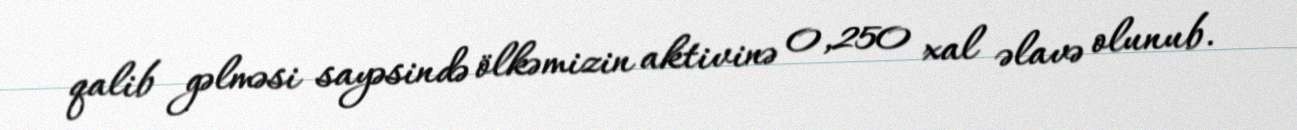
qalib gəlməsi sayəsində ölkəmizin aktivinə 0,250 xal əlavə olunub.